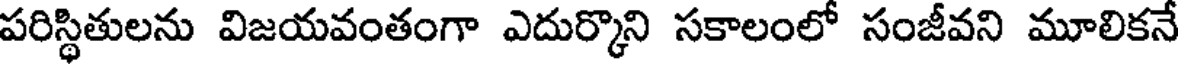
పరిస్థితులను విజయవంతంగా ఎదుర్కొని సకాలంలో సంజీవని మూలికనే